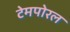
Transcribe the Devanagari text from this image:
टेमपोरल